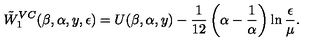
\tilde { W } _ { 1 } ^ { V C } ( \beta , \alpha , y , \epsilon ) = U ( \beta , \alpha , y ) - { \frac { 1 } { 1 2 } } \left( \alpha - { \frac { 1 } { \alpha } } \right) \ln { \frac { \epsilon } { \mu } } { } .